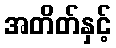
အတိတ်နှင့်